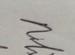
Signature authenticity: genuine